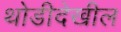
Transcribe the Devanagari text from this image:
थोडीदेखील